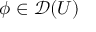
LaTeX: \phi \in { \mathcal { D } } ( U )